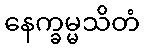
နေက္ခမ္မသိတံ